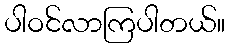
ပါဝင်လာကြပါတယ်။